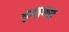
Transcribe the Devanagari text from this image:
बुदबुदाती